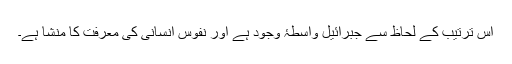
اس ترتیب کے لحاظ سے جبرائیل واسطۂ وجود ہے اور نفوس انسانی کی معرفت کا منشا ہے۔